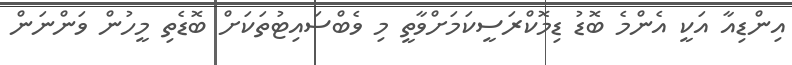
އިންޑިއާ އަކީ އެންމެ ބޮޑު ޑިމޮކްރަސީކަމަށްވާތީ މި ވެބްސައިޓުތަކަށް ބޮޑެތި މީހުން ވަންނަން